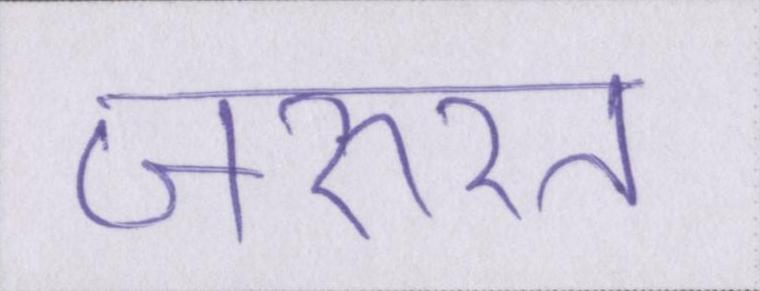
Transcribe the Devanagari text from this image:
ज़रुरत